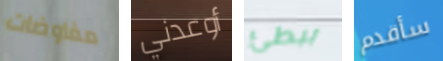
مفاوضات أوعدني ببطئ سأقدم